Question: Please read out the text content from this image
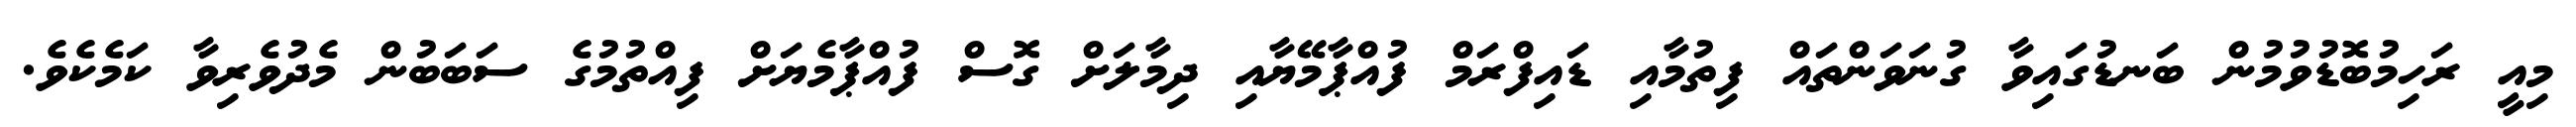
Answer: މިއީ ރަހިމުބޮޑުވުމުން ބަނޑުގައިވާ ގުނަވަންތައް ފިތުމާއި ޑައިފްރަމް ފުއްޕާމޭޔާއި ދިމާލަށް ގޮސް ފުއްޕާމެޔަށް ފިއްތުމުގެ ސަބަބުން މެދުވެރިވާ ކަމެކެވެ.